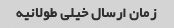
زمان ارسال خیلی طولانیه